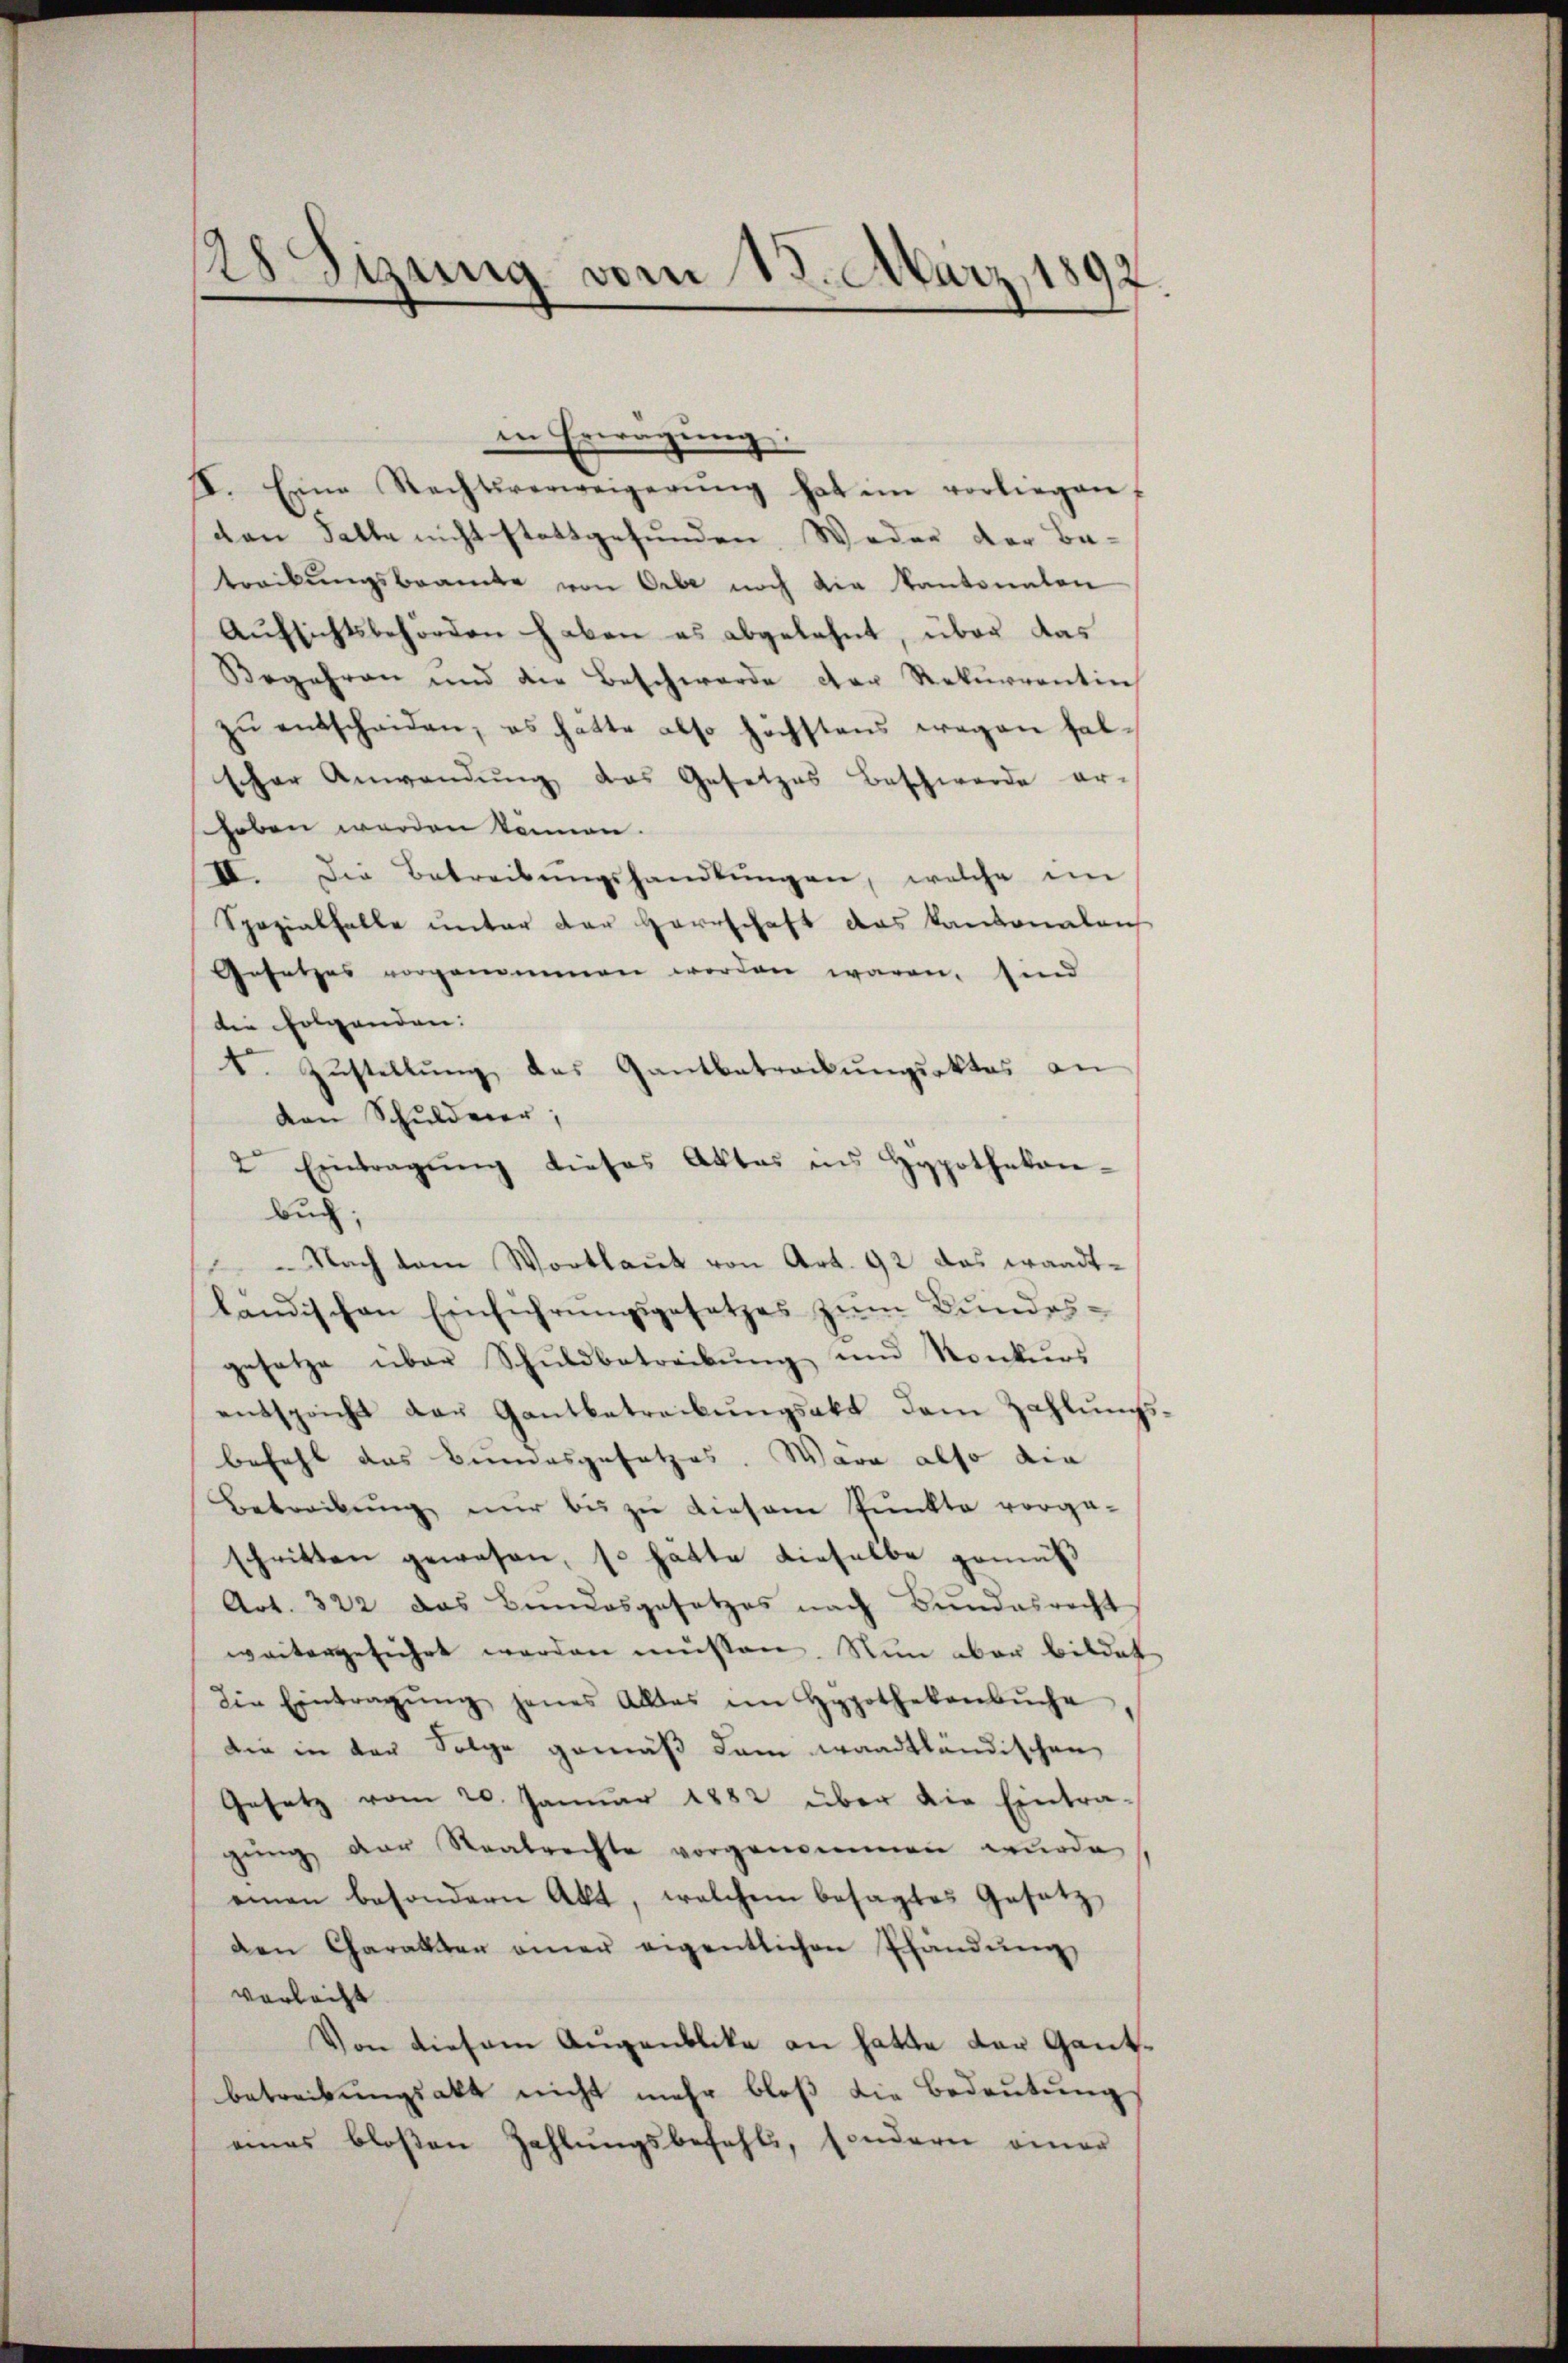
128 Sizung vom 15. März, 1892.

in Erwägung:
I. Eine Rechtsverweigerŭng hat im vorliegen,
den Falle nicht stattgefunden. Weder der Be-
treckungsbrancke von Orte noch die Kantonalen
Aufsichtsbehörden haben es abgelehnt, über das
Begehren und die Beschwerde der Rekurrentin
zŭ entscheiden, es hatte also höchstens wegen hal-
scher Anwendung das Gesetzes Beschwerde er-
haben werden können.
IV. Die Betreibŭngshandlŭngen, welche im
Spezialfalle unter der Herrschaft das kantonalaus
Gesetzes vorgenommen worden waren, sind
die Folgenden:
t. Zŭstellŭng, das Gantbatreckungsaktes an
von Schuldner,
2. Eintragŭng dieses Aktes ins Hypothekan-
Buch:
Nach dem Wortlaŭt von Art. 92 das waadt-
ländischen Einführungsgesetzes zum Bundesgesetze über Schuldbetreibŭng und Konkurs
entspricht der Gantbetreibŭngsakt dem Zahlŭngs-
befehl das Bundesgesetzes. Wara also die
Betreibung nur bis zu diesem Punkte vorga-
schritten gewesen, so hatte dieselbe gemäß
Art. 322 das Bundesgesetzes nach Bundesrecht
weitergeführt werden müssen. Nun aber bildet
die Eintragŭng jenes Alles im Hypothekenbŭche
die in der Folge gemäß dem waadtländischen
Gesetz vom 20. Januar 1882 über die Eintra-
gŭng der Realrechte vorgenommen wŭrde,
einen besondern Akt, welchem besagtes Gesetz
den Charakter einer eigentlichen Pfandŭng
verleiht
Von diesem Augenblika an hatte der Gantbetreibungsakt nicht mehr bloß die Bedeutung
eines bloßen Zahlungsbefehls, sondern einer